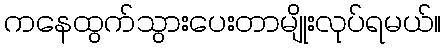
ကနေထွက်သွားပေးတာမျိုးလုပ်ရမယ်။